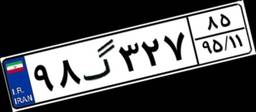
۵۸گ۴۷۶۹۴